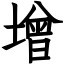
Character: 增